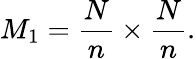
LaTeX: M_{1}=\frac{N}{n}\times\frac{N}{n}.